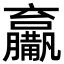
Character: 𤰑